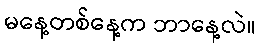
မနေ့တစ်နေ့က ဘာနေ့လဲ။